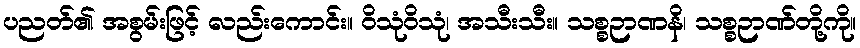
ပညတ်၏ အစွမ်းဖြင့် လည်းကောင်း။ ဝိသုံဝိသုံ၊ အသီးသီး။ သစ္စဉာဏနိ၊ သစ္စဉာဏ်တို့ကို။